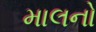
માલનો